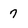
Character: 7